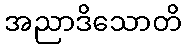
အညာဒိသောတိ